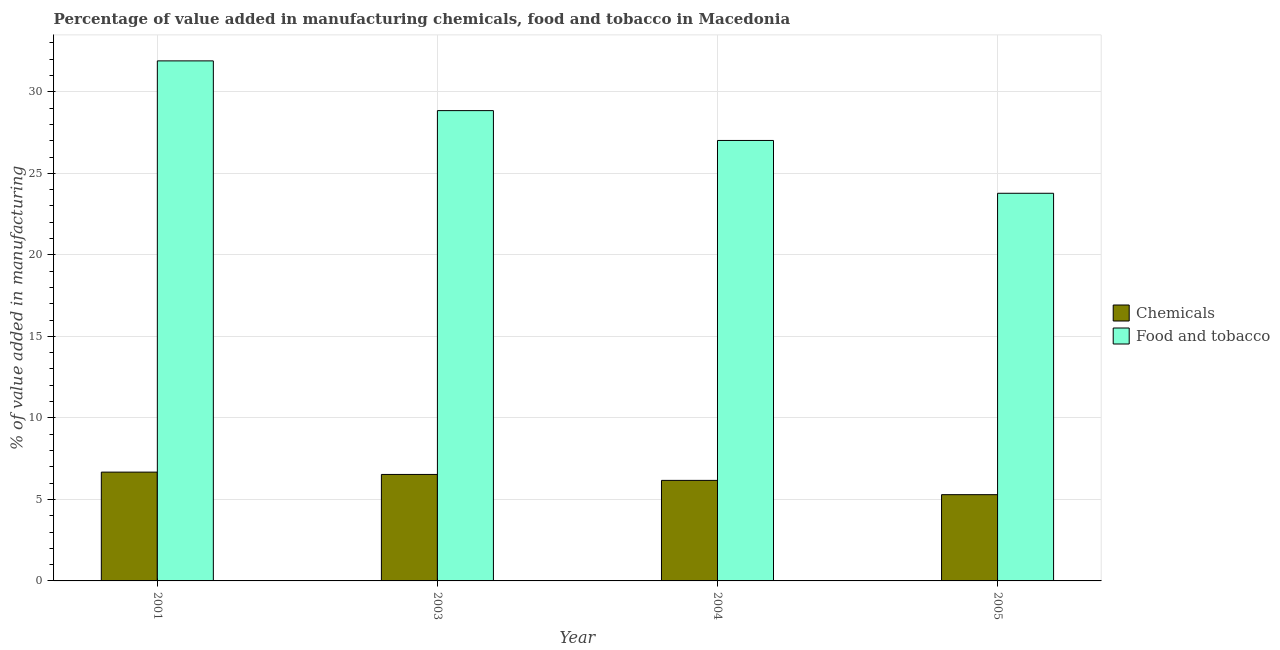
| Year | Chemicals | Food and tobacco |
 | --- | --- | --- |
 | 2001 | 6.67 | 31.9 |
 | 2003 | 6.53 | 28.8 |
 | 2004 | 6.17 | 27 |
 | 2005 | 5.29 | 23.8 |